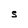
Character: S